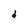
Character: d